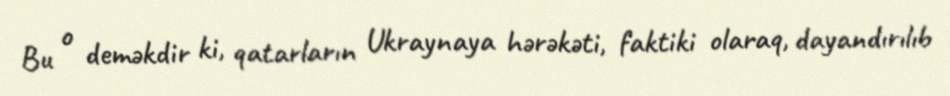
Bu o deməkdir ki, qatarların Ukraynaya hərəkəti, faktiki olaraq, dayandırılıb